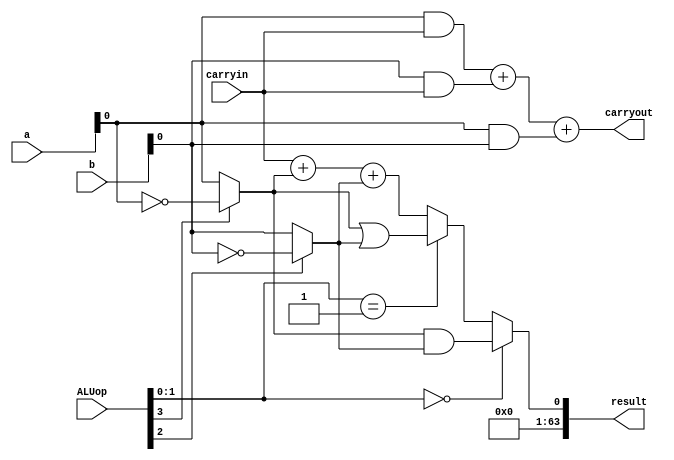
module ALU_64_bit(
        input [63:0] a,b,
        input carryin,
        input [3:0] ALUop,
        output [63:0] result,
        output carryout 
);

wire abar = ~a;
wire bbar = ~b;

wire mux1out,mux2out;

assign mux1out = ALUop[3] ? abar : a;
assign mux2out = ALUop[2] ? bbar : b;

wire and_result, or_result, add_result;

assign and_result = mux1out & mux2out;
assign or_result = mux1out | mux2out;
assign add_result = carryin + mux1out + mux2out;

assign carryout = (a&carryin) + (b&carryin) + (a&b);

reg temp_result; 
assign result = temp_result;

always @(*)
begin
  if (ALUop[1:0] == 2'b00)
    temp_result = and_result;
    
  else if (ALUop[1:0] == 2'b01)
    temp_result = or_result;
    
  else
    temp_result = add_result;
end 

endmodule